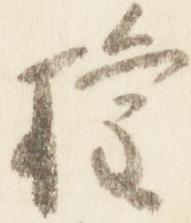
権